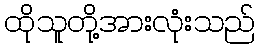
ထိုသူတို့အားလုံးသည်